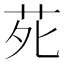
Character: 𫟍